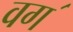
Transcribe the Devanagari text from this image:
वग॔